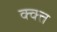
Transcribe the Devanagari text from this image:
क्क्त